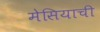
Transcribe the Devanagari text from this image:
मेसियाची